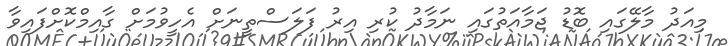
މިއަދު މާލޭގައި ބޮޑު ޖަމާއަތުގައި ނަމާދު ކުރި އިރު ފަލަސްތީނަށް އެހީވުމަށް ގާއިމްކޮށްފައިވާ